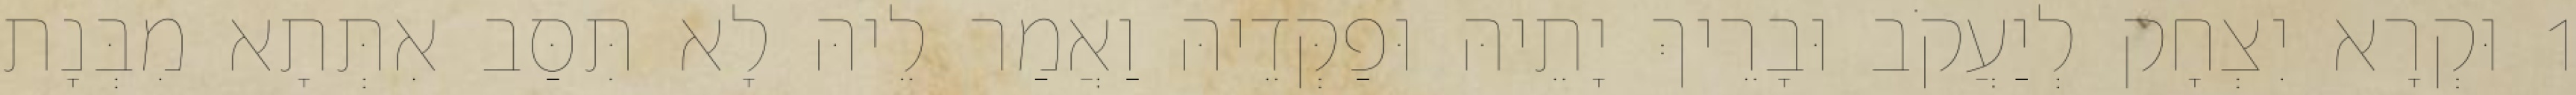
1 וּקְרָא יִצְחָק לְיַעֲקֹב וּבָרֵיךְ יָתֵיהּ וּפַקְּדֵיהּ וַאֲמַר לֵיהּ לָא תִּסַּב אִתְּתָא מִבְּנָת